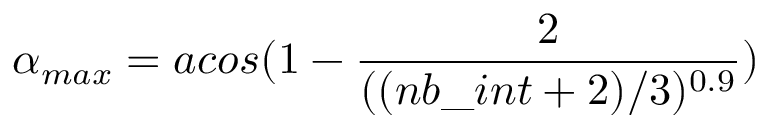
\alpha _ { m a x } = a c o s ( 1 - \frac { 2 } { ( ( n b \_ i n t + 2 ) / 3 ) ^ { 0 . 9 } } )